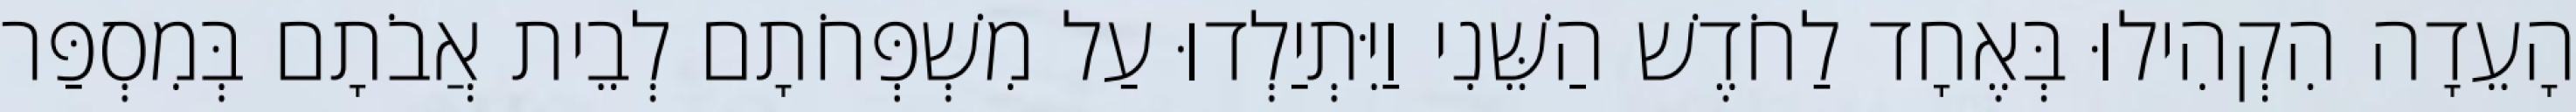
הָעֵדָה הִקְהִילוּ בְּאֶחָד לַחֹדֶשׁ הַשֵּׁנִי וַיִּתְיַלְדוּ עַל מִשְׁפְּחֹתָם לְבֵית אֲבֹתָם בְּמִסְפַּר